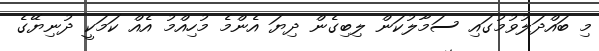
މި ބައްދަލުވުމުގައި ސަމާލުކަން ލިބިގެން ދިޔަ އެންމެ މުހިއްމު އެއް ކަމަކީ ދުނިޔޭގެ